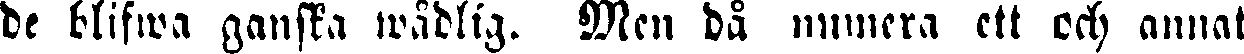
de blifwa ganska wådlig. Men då numera ett och annat